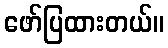
ဖော်ပြထားတယ်။